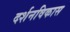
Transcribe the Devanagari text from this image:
दर्शनविकास